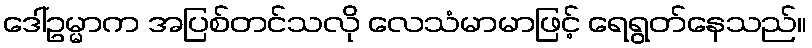
ဒေါ်ဥမ္မာက အပြစ်တင်သလို လေသံမာမာဖြင့် ရေရွတ်နေသည်။